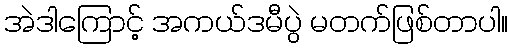
အဲဒါကြောင့် အကယ်ဒမီပွဲ မတက်ဖြစ်တာပါ။